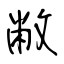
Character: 敝